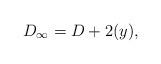
LaTeX: \begin{align*}D_{\infty} = D + 2(y), \end{align*}